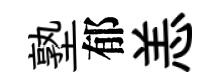
塾郁恙